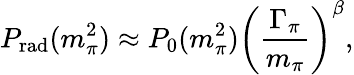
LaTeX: P_{\mathrm{rad}}(m_{\pi}^{2})\approx P_{0}(m_{\pi}^{2})\left(\frac{\Gamma_{\pi}}{m_{\pi}}\right)^{\beta},